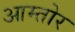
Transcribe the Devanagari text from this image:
आम्तोर